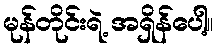
မုန်တိုင်းရဲ့ အရှိန်ပေါ့။